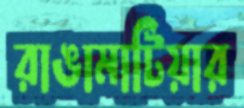
রাঙামাটিয়ার